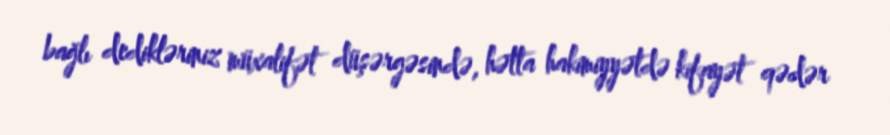
bağlı dedikləriniz müxalifət düşərgəsində, hətta hakimiyyətdə kifayət qədər